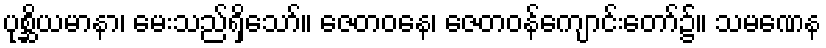
ပုစ္ဆိယမာနာ၊ မေးသည်ရှိသော်။ ဇေတဝနေ၊ ဇေတဝန်ကျောင်းတော်၌။ သမဏေန